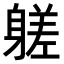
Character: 𨉶